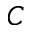
C